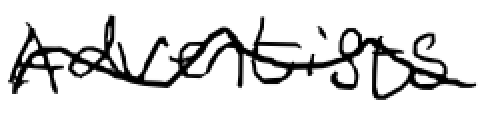
Text: Adventist
Cross-out: wave
Writing tool: digital_black